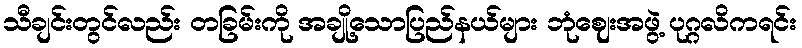
သီချင်းတွင်လည်း တခြမ်းကို အချို့သောပြည်နယ်များ ဘုံဈေးအဖွဲ့ ပုဂ္ဂလိကရင်း